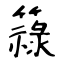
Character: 簶